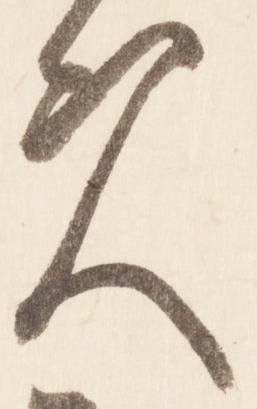
実